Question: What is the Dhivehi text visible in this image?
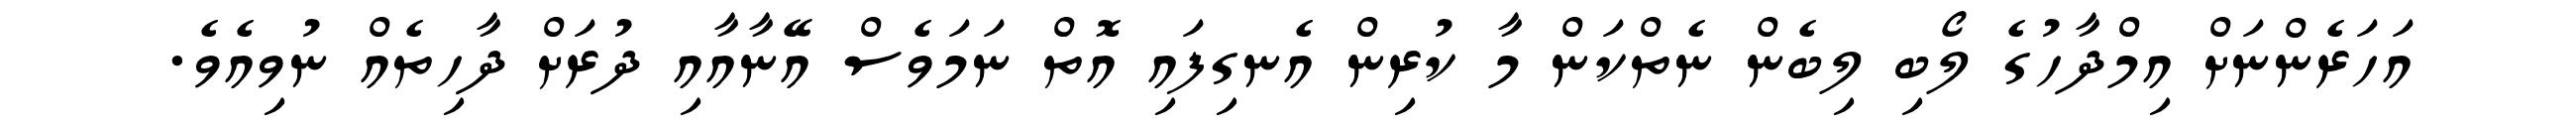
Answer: އަހަރެންނަށް އިމްދާހުގެ ލޯބި ލިބެން ނެތްކަން މާ ކުރިން އެނގިފައި އޮތް ނަމަވެސް އޭނާއާއި ދުރަށް ދާހިތެއް ނުވިއެވެ.